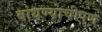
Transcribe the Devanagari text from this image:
बांधण्याचीपण